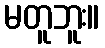
မတူဘူး။